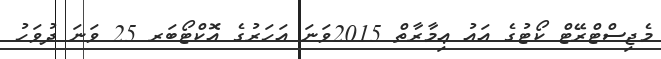
މެޖިސްޓްރޭޓް ކޯޓުގެ އައު ޢިމާރާތް 2015ވަނަ އަހަރުގެ އޮކްޓޯބަރ 25 ވަނަ ދުވަހު